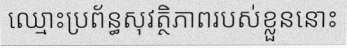
ឈ្មោះប្រព័ន្ធសុវត្ថិភាពរបស់ខ្លួននោះ